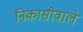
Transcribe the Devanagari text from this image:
निकासीवाले